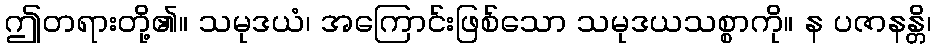
ဤတရားတို့၏။ သမုဒယံ၊ အကြောင်းဖြစ်သော သမုဒယသစ္စာကို။ န ပဇာနန္တိ၊